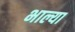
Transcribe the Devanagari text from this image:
भाल्या